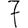
Digit: 7